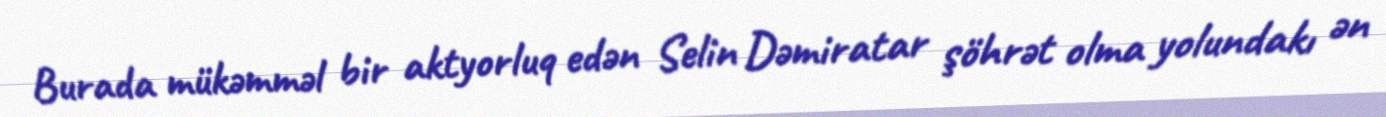
Burada mükəmməl bir aktyorluq edən Selin Dəmiratar şöhrət olma yolundakı ən